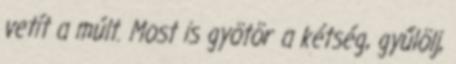
vetít a múlt. Most is gyötör a kétség, gyűlölj,